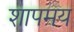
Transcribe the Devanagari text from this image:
शापमय